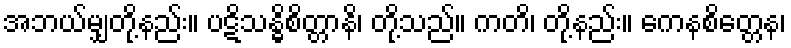
အဘယ်မျှတို့နည်း။ ပဋိသန္ဓိစိတ္တာနိ၊ တို့သည်။ ကတိ၊ တို့နည်း။ ကေနစိတ္တေန၊